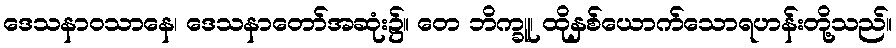
ဒေသနာဝသာနေ၊ ဒေသနာတော်အဆုံး၌။ တေ ဘိက္ခူ၊ ထိုနှစ်ယောက်သောရဟန်းတို့သည်။